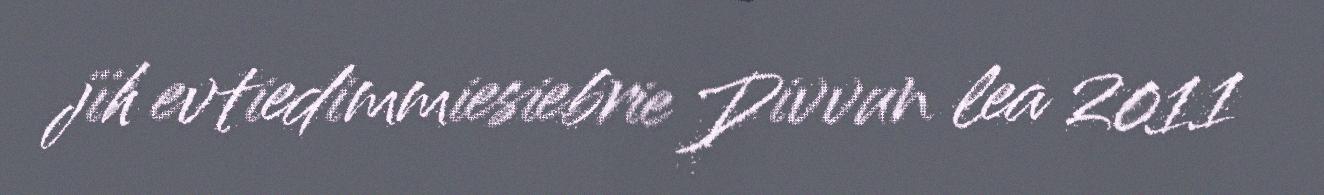
jïh evtiedimmiesiebrie Divvun lea 2011